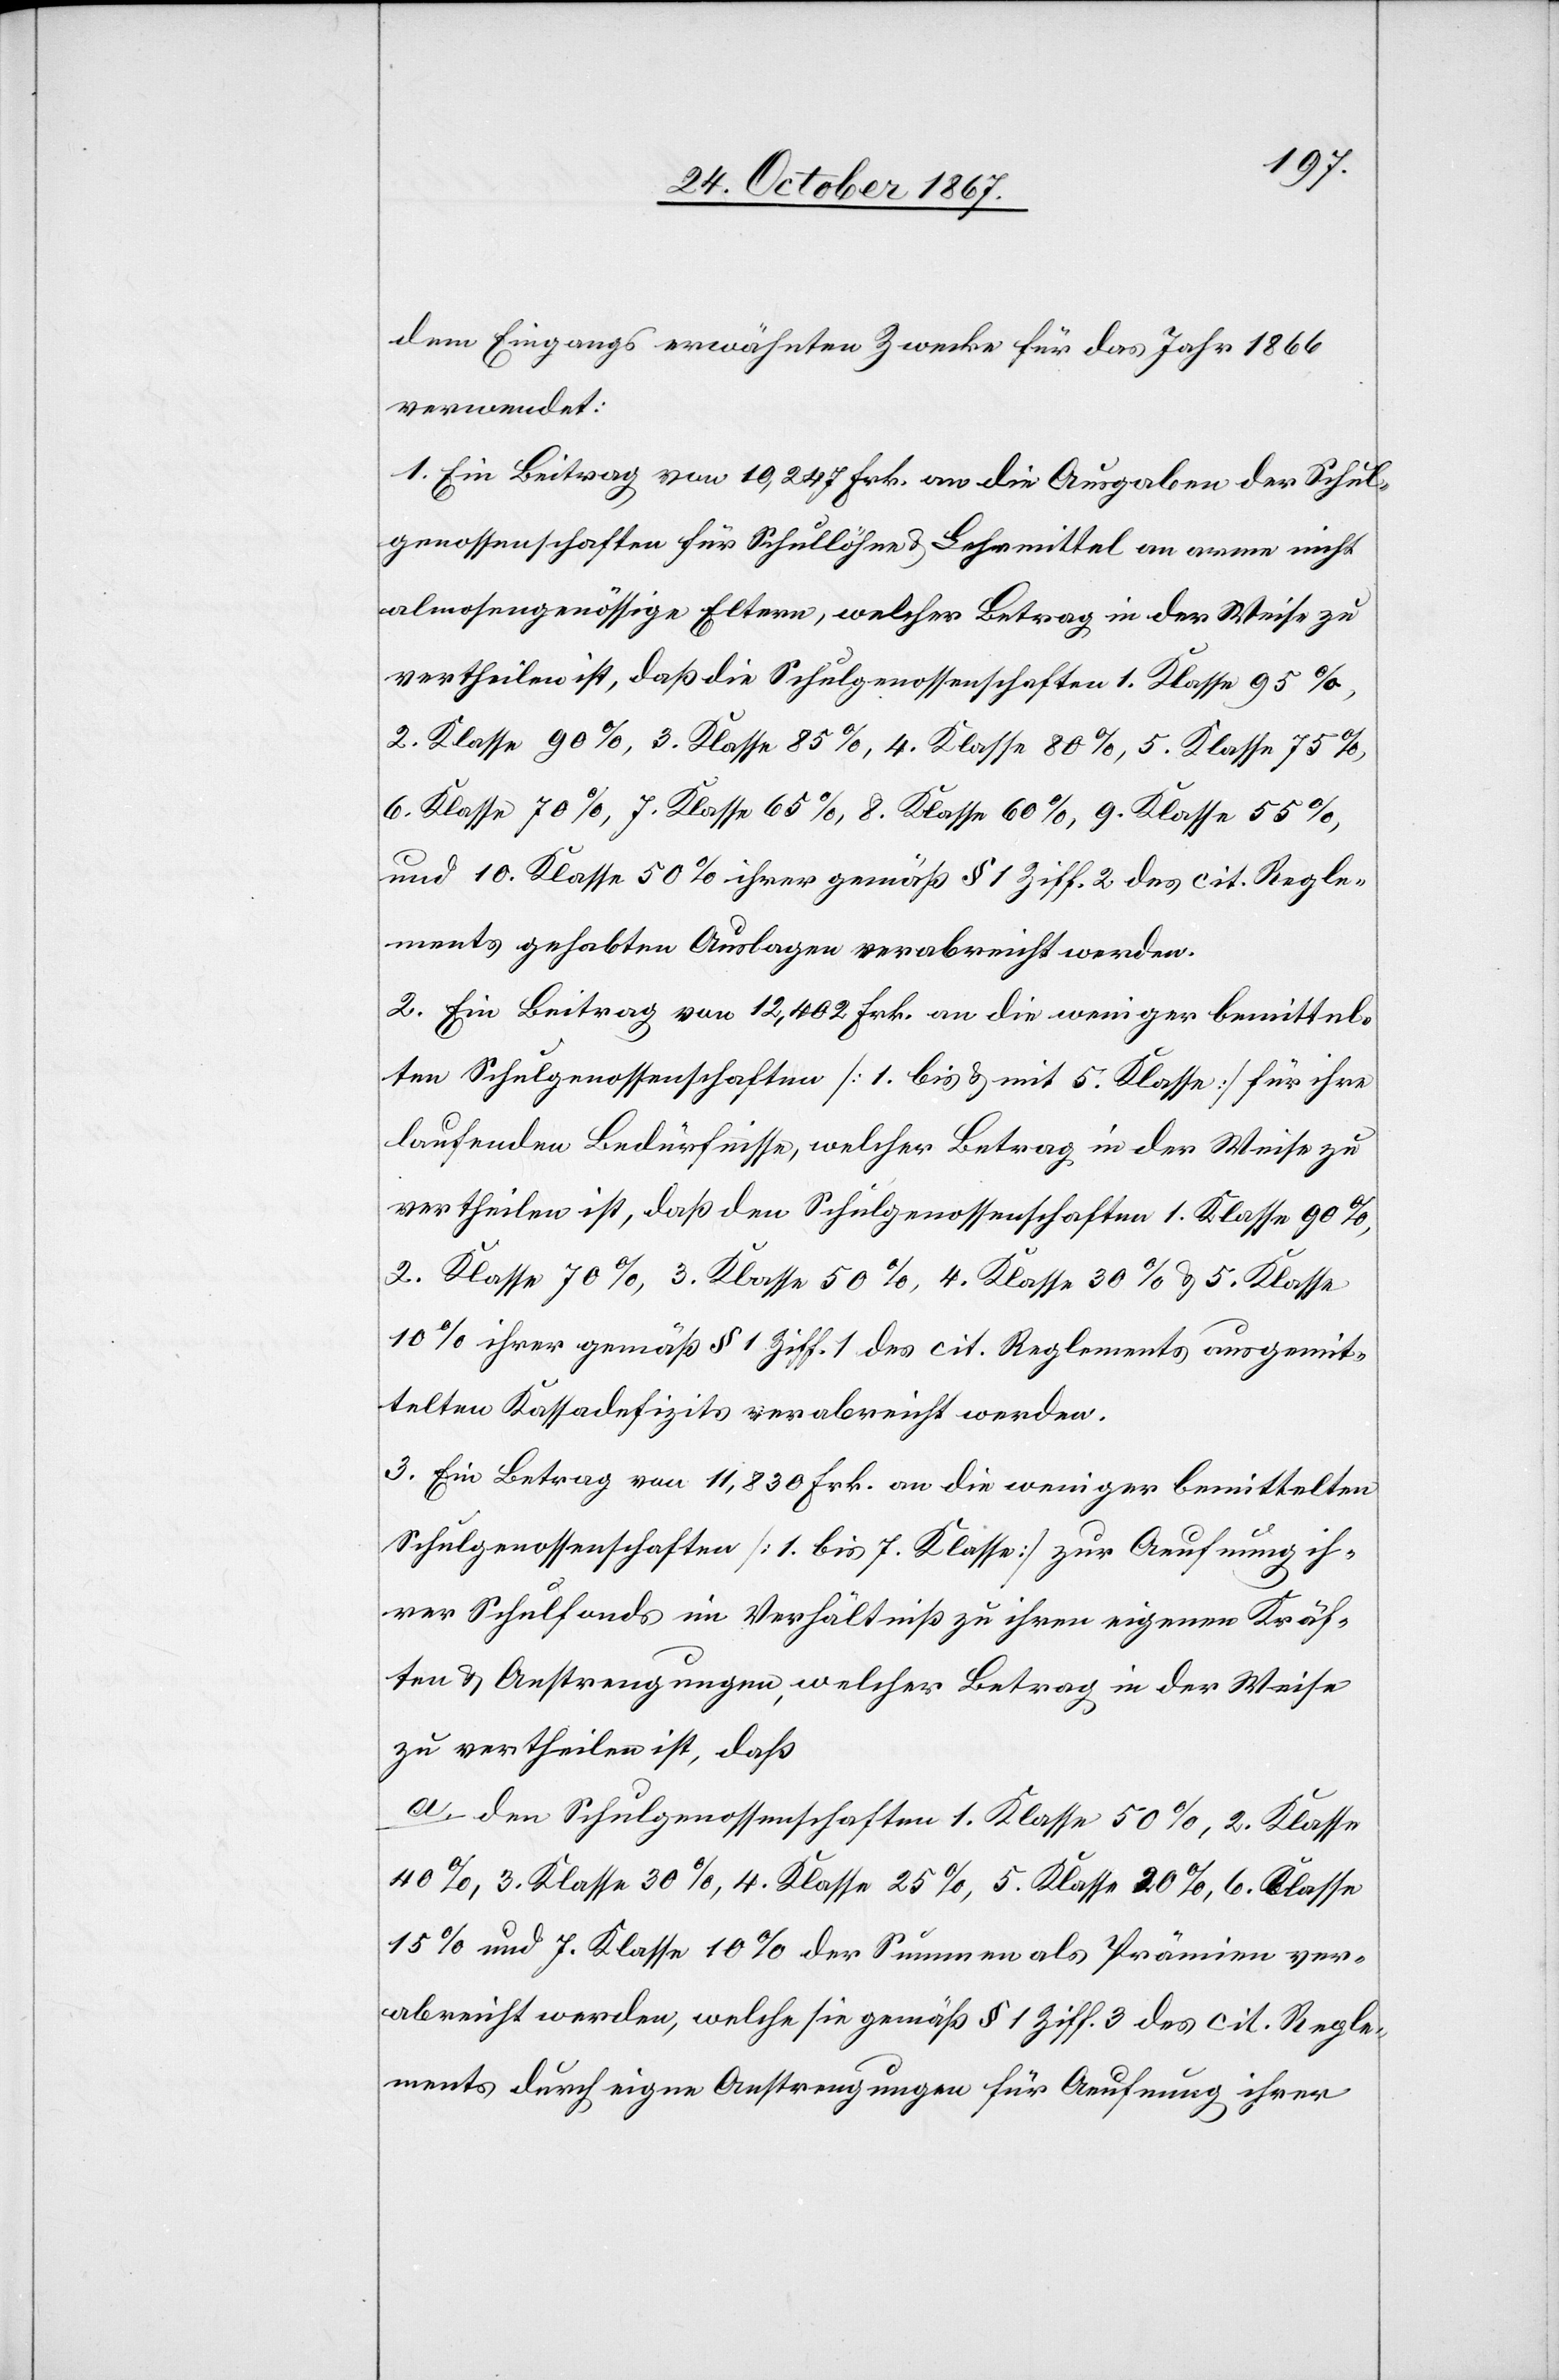
dem Eingangs erwähnten Zwecke für das Jahr 1866
verwendet:
1. Ein Beitrag von 10 247 Frk. an die Ausgaben der Schul¬
genossenschaften für Schullöhne u. Lehrmittel an arme nicht
almosengenössisge Eltern, welcher Betrag in der Weise zu
vertheilen ist, daß die Schulgenossenschaften 1. Klasse 95%,
2. Klasse 90%, 3. Klasse 85%, 4. Klasse 80%, 5. Klasse 75%,
6. Klasse 70%, 7. Klasse 65%, 8. Klasse 60%, 9. Klasse 55%
und 10. Klasse 50% ihrer gemäß § 1 Ziff. 2 des cit. Regle¬
ments gehabten Auslagen verabreicht werden.
2. Ein Beitrag von 12 402 Frk. an die weniger bemittel¬
ten Schulgenossenschaften [1. bis u. mit 5. Klasse] für ihre
laufenden Bedürfnisse, welcher Betrag in der Weise zu
vertheilen ist, daß den Schulgenossenschaften 1. Klasse 90%,
2. Klasse 70%, 3. Klasse 50%, 4. Klasse 30% u. 5. Klasse
10% ihrer gemäß § 1 Ziff. 1 des cit. Reglements ausgemit¬
telten Kassadefizits verabreicht werden.
3. Ein Betrag von 11 830 Frk. an die weniger bemittelten
Schulgenossenschaften [1. bis 7. Klasse] zur Aeufnung ih¬
rer Schulfonds im Verhältniß zu ihren eigenen Kräf¬
ten u. Anstrengungen, welcher Betrag in der Weise
zu vertheilen ist, daß
a. den Schulgenossenschaften 1. Klasse 50%, 2. Klasse
40%, 3. Klasse 30%, 4. Klasse 25%, 5. Klasse 20%, 6. Klasse
15% und 7. Klasse 10% der Summen als Prämien ver¬
abreicht werden, welche sie gemäß § 1 Ziff. 3 des cit. Regle¬
ments durch eigne Anstrengungen für Aeufnung ihrer